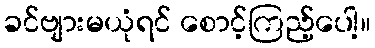
ခင်ဗျားမယုံရင် စောင့်ကြည့်ပေါ့။